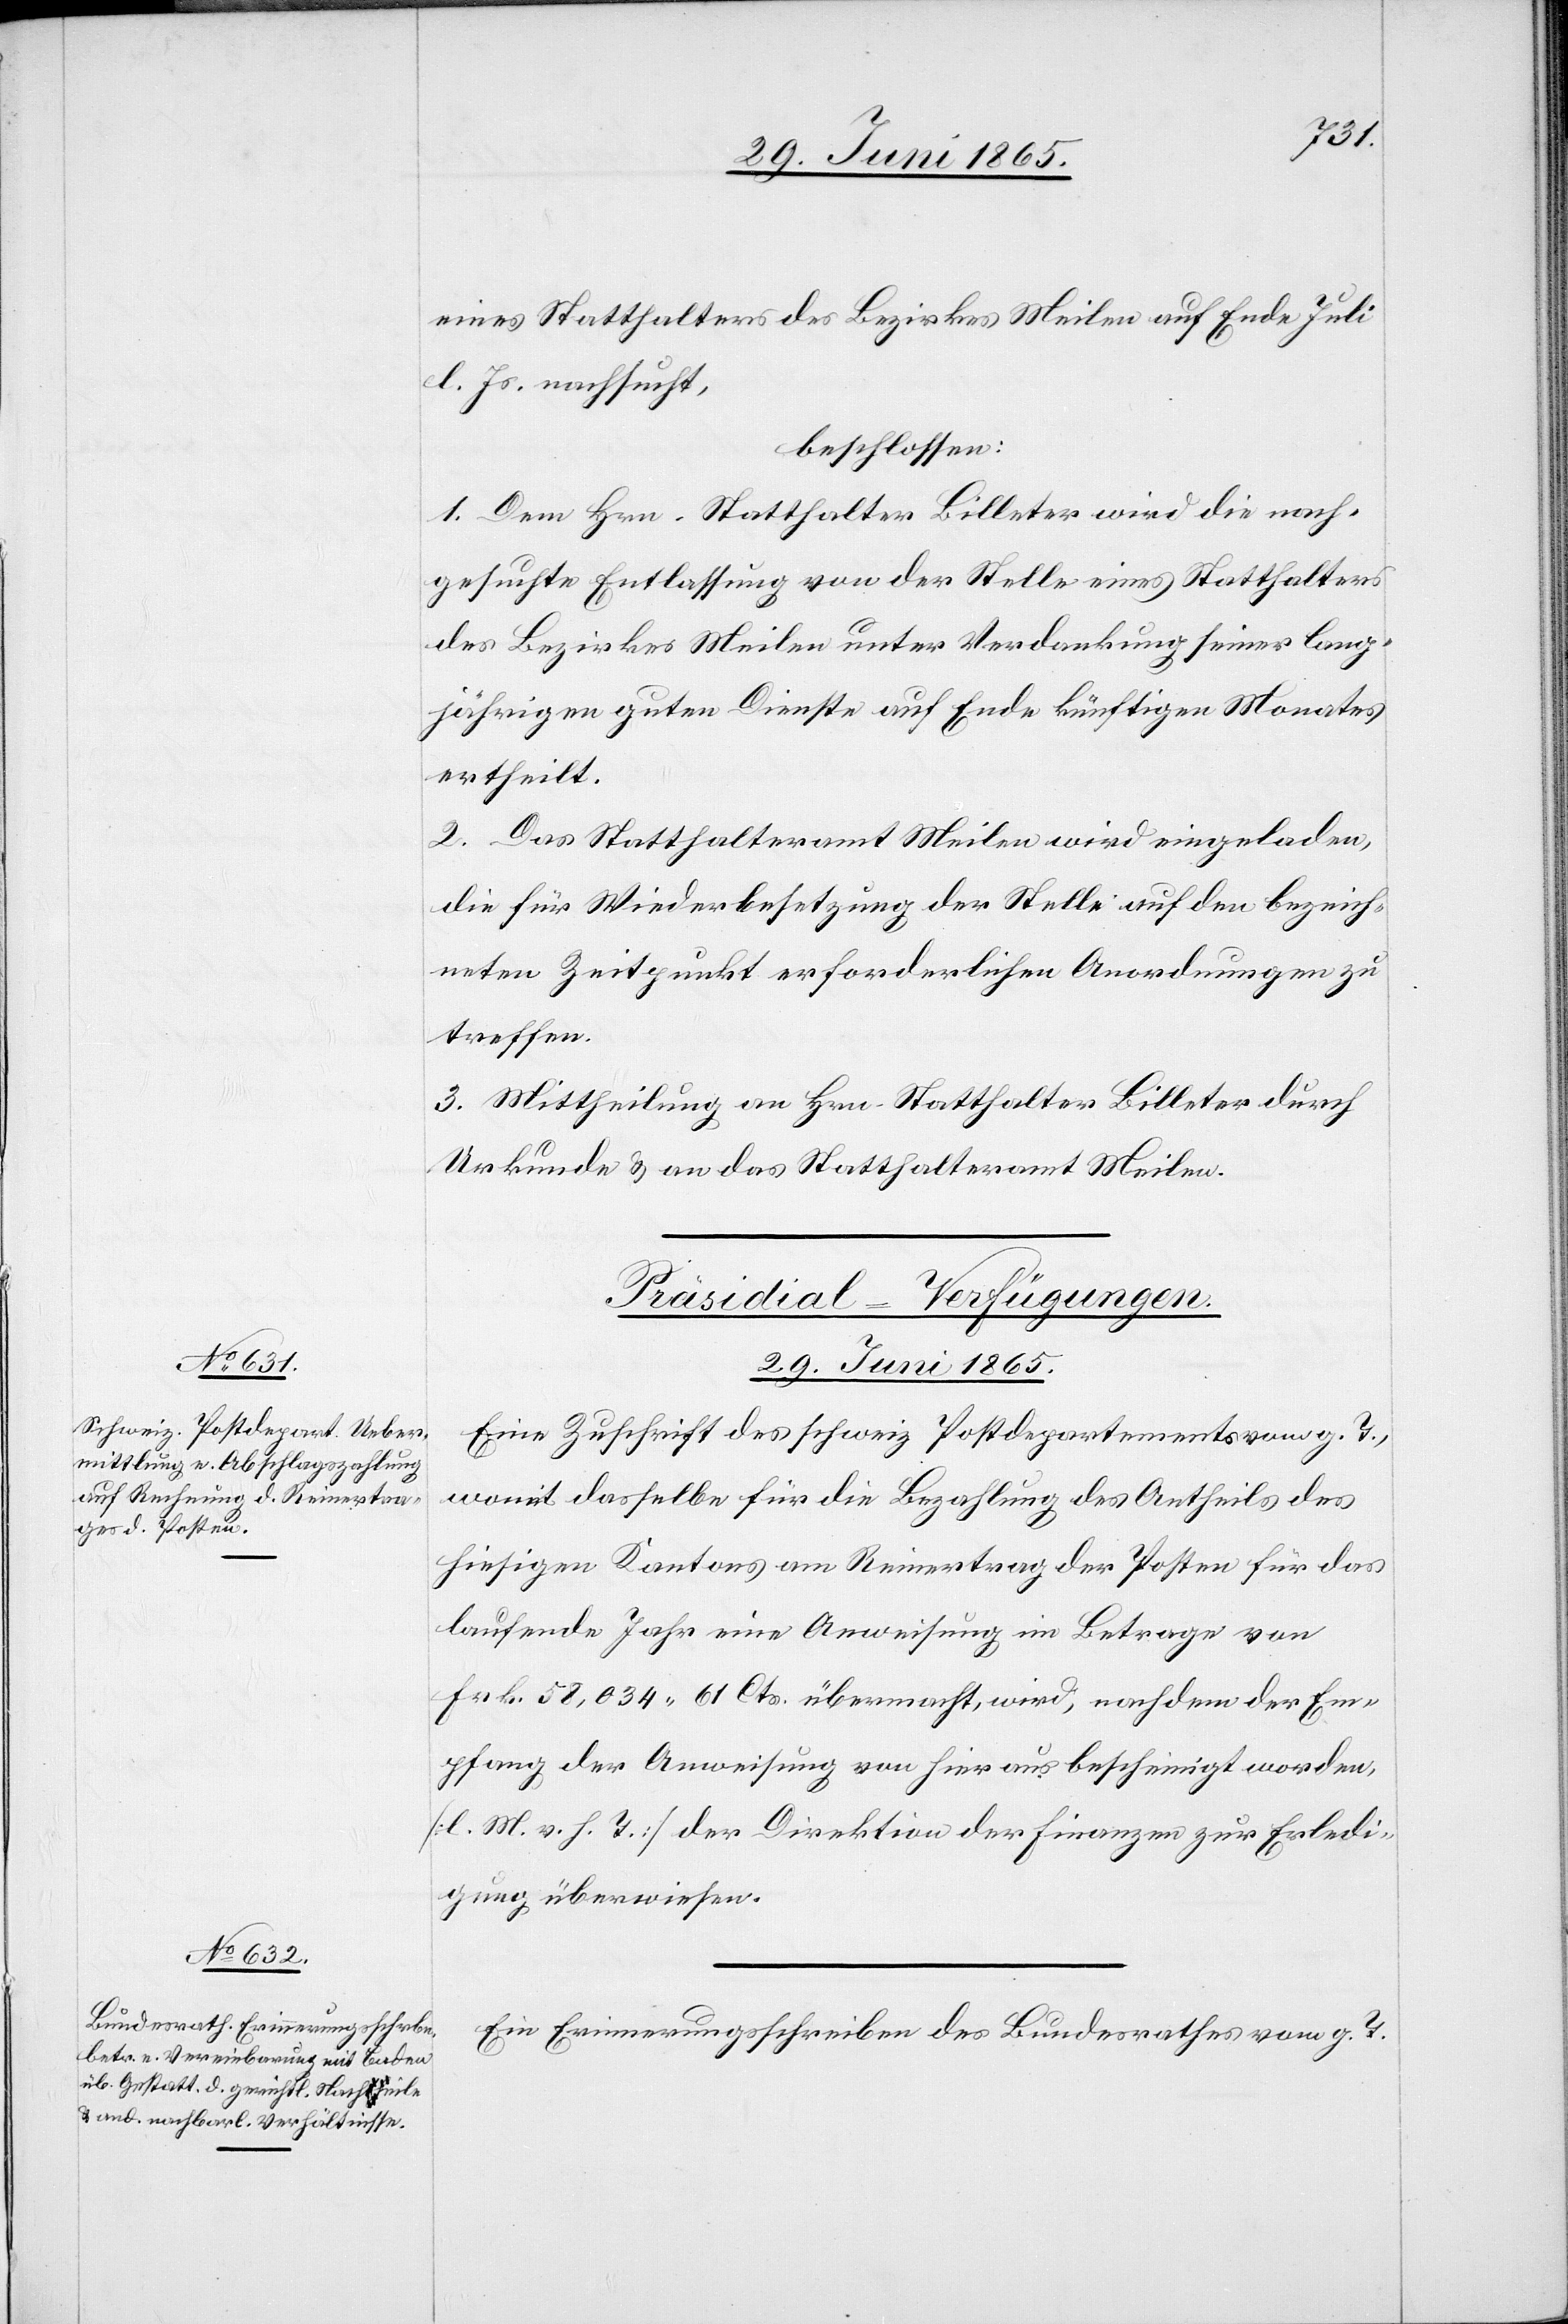
eines Statthalters des Bezirkes Meilen auf Ende Juli
l. Js. nachsucht,
beschlossen:
1. Dem Hrn. Statthalter Billeter wird die nach¬
gesuchte Entlassung von der Stelle eines Statthalters
des Bezirkes Meilen unter Verdankung seiner lang¬
jährigen guten Dienste auf Ende künftigen Monates
ertheilt.
2. Das Statthalteramt Meilen wird eingeladen,
die für Wiederbesetzung der Stelle auf den bezeich¬
neten Zeitpunkt erforderlichen Anordnungen zu
treffen.
3. Mittheilung an Hrn. Statthalter Billeter durch
Urkunde & an das Statthalteramt Meilen.
[Präsidial-Verfügungen.
29. Juni 1865.]
Eine Zuschrift des schweiz. Postdepartements vom g. T.,
womit dasselbe für die Bezahlung des Antheils des
hiesigen Kantons am Reinertrag der Posten für das
laufende Jahr eine Anweisung im Betrage von
Frk. 58,034.61 Cts. übermacht, wird, nachdem der Em¬
pfang der Anweisung von hier aus bescheinigt worden,
[l. M. v. h. T.] der Direktion der Finanzen zur Erledi¬
gung überwiesen.
Ein Erinnerungsschreiben des Bundesrathes vom g. T.